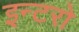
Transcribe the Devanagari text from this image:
इन्टरो